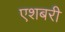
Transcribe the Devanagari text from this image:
एशबरी